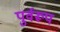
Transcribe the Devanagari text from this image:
पुर्वरूप